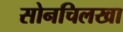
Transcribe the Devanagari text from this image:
सोनचिलखा